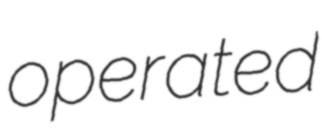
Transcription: operated